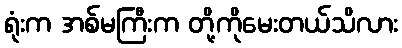
ရုံးက အစ်မကြီးက တို့ကိုမေးတယ်သိလား